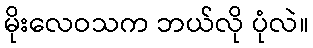
မိုးလေဝသက ဘယ်လို ပုံလဲ။